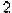
2